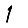
Digit: 1